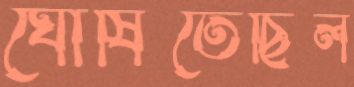
ঘোষিতেছিল